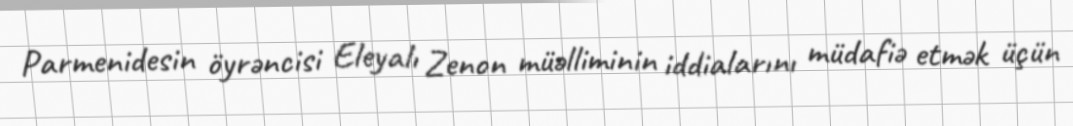
Parmenidesin öyrəncisi Eleyalı Zenon müəlliminin iddialarını müdafiə etmək üçün